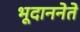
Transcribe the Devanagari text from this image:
भूदाननेते